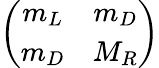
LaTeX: \left(\begin{array}{cc}{{m_{L}}}&{{m_{D}}}\\ {{m_{D}}}&{{M_{R}}}\end{array}\right)